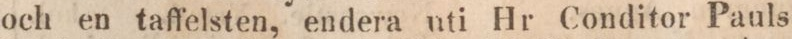
och en taffelsten, endera uti Hr Conditor Pauls